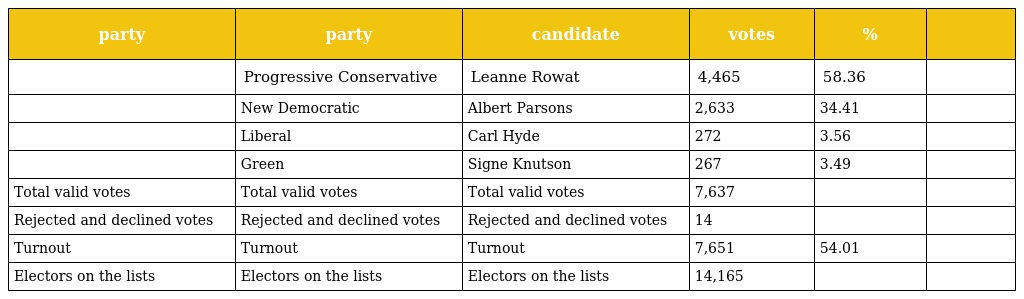
| party | party | candidate | votes | % |  |
 | --- | --- | --- | --- | --- | --- |
 |  | Progressive Conservative | Leanne Rowat | 4,465 | 58.36 |  |
 |  | New Democratic | Albert Parsons | 2,633 | 34.41 |  |
 |  | Liberal | Carl Hyde | 272 | 3.56 |  |
 |  | Green | Signe Knutson | 267 | 3.49 |  |
 | Total valid votes | Total valid votes | Total valid votes | 7,637 |  |  |
 | Rejected and declined votes | Rejected and declined votes | Rejected and declined votes | 14 |  |  |
 | Turnout | Turnout | Turnout | 7,651 | 54.01 |  |
 | Electors on the lists | Electors on the lists | Electors on the lists | 14,165 |  |  |